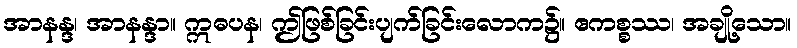
အာနန္ဒ၊ အာနန္ဒာ။ ဣဓပန၊ ဤဖြစ်ခြင်းပျက်ခြင်းလောက၌။ ဧကစ္စဿ၊ အချို့သော။